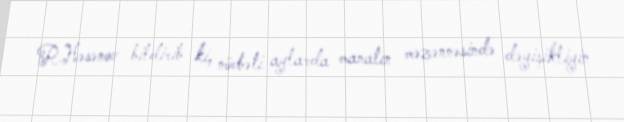
R.Həsənov bildirib ki, növbəti aylarda manatın məzənnəsində dəyişikliyin